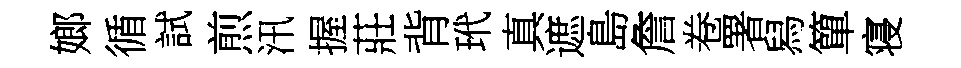
嫏循試煎汛握莊背玳真遮島詹卷署舄簞寝